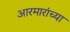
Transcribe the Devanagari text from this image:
आरमारांच्या